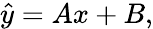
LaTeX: \hat{y}=Ax+B,